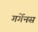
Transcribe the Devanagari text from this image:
गर्गेनस